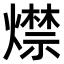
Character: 𤐖